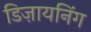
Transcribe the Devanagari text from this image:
डिज़ायनिंग